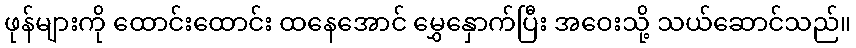
ဖုန်များကို ထောင်းထောင်း ထနေအောင် မွှေနှောက်ပြီး အဝေးသို့ သယ်ဆောင်သည်။